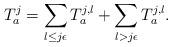
LaTeX: \begin{align*}T_a^j=\sum_{l\le j\epsilon}T_a^{j, l}+\sum_{l>j\epsilon}T_a^{j, l}.\end{align*}